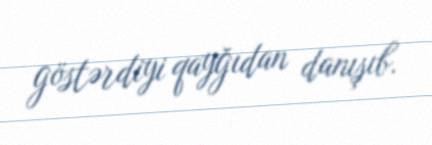
göstərdiyi qayğıdan danışıb.